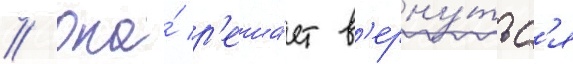
// Она́ р'еша́ет в'ерну́тьс'я